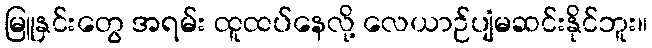
မြူနှင်းတွေ အရမ်း ထူထပ်နေလို့ လေယာဉ်ပျံမဆင်းနိုင်ဘူး။